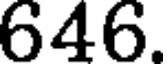
646.